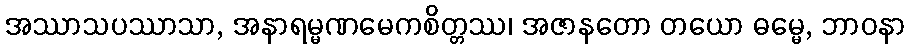
အဿာသပဿာသာ, အနာရမ္မဏမေကစိတ္တဿ၊ အဇာနတော တယော ဓမ္မေ, ဘာဝနာ